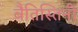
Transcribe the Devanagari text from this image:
बैतिस्तिनी